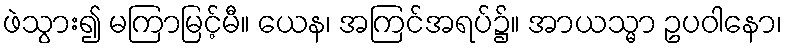
ဖဲသွား၍ မကြာမြင့်မီ။ ယေန၊ အကြင်အရပ်၌။ အာယသ္မာ ဥပဝါနော၊